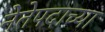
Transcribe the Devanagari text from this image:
नेतेपदाच्या